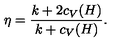
\eta = { \frac { k + 2 c _ { V } ( H ) } { k + c _ { V } ( H ) } } .